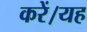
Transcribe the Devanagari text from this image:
करें।यह